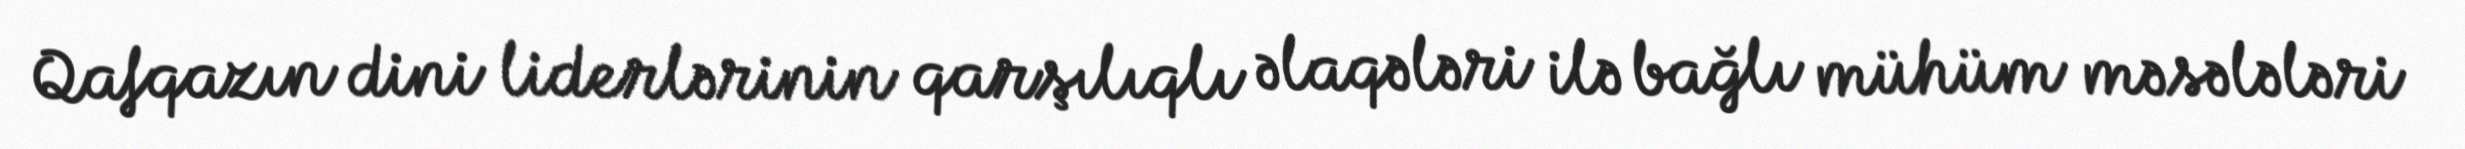
Qafqazın dini liderlərinin qarşılıqlı əlaqələri ilə bağlı mühüm məsələləri